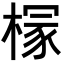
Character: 𪳘